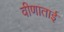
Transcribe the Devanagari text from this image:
वीणाताई